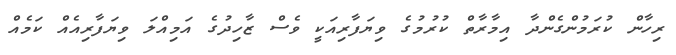
ރިހާން ކުރަމުންގެންދާ އިމާރާތް ކުރުމުގެ ވިޔަފާރިއަކީ ވެސް ޒާހިދުގެ އަމިއްލަ ވިޔަފާރިއެއް ކަމެއް